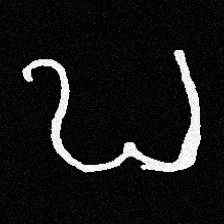
Pyu character \u2014 Myanmar letter: ဎ (romanized: ddha)